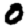
Digit: 0